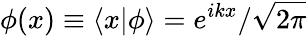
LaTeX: \phi(x)\equiv\langle x|\phi\rangle=e^{ikx}/\sqrt{2\pi}